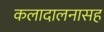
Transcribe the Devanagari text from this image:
कलादालनासह